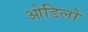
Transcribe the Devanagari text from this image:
ओडिलो